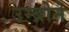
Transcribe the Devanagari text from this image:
उम्ब्रोने